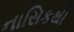
નાસિકથી